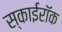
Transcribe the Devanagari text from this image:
स्काईरॉक